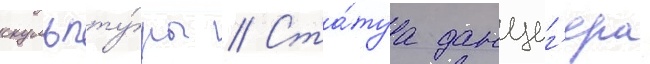
скульпту́ры // Ста́туа данциг'ера